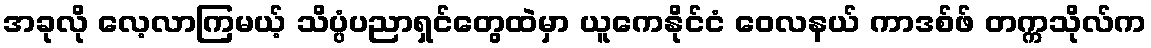
အခုလို လေ့လာကြမယ့် သိပ္ပံပညာရှင်တွေထဲမှာ ယူကေနိုင်ငံ ဝေလနယ် ကာဒစ်ဖ် တက္ကသိုလ်က